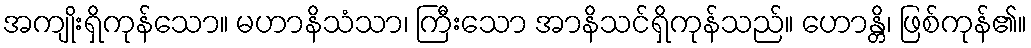
အကျိုးရှိကုန်သော။ မဟာနိသံသာ၊ ကြီးသော အာနိသင်ရှိကုန်သည်။ ဟောန္တိ၊ ဖြစ်ကုန်၏။